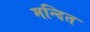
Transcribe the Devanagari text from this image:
मन्दित